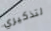
لتذكيري